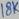
Text: 18K